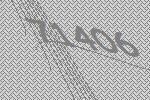
71406